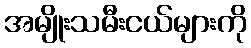
အမျိုးသမီးငယ်များကို